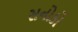
સનોકો